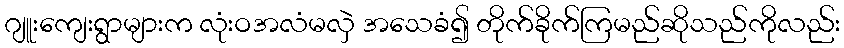
ဂျူးကျေးရွာများက လုံးဝအလံမလှဲ အသေခံ၍ တိုက်ခိုက်ကြမည်ဆိုသည်ကိုလည်း